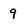
Character: 9